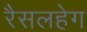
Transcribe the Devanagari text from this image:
रैसलहेग